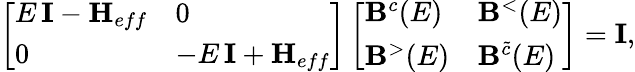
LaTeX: \left[\begin{array}{ll}{E\, \mathbf{I}-\mathbf{H}_{eff}}&{0}\\ {0}&{-E\, \mathbf{I}+\mathbf{H}_{eff}}\end{array}\right]\left[\begin{array}{ll}{\mathbf{B}^{c}(E)}&{\mathbf{B}^{<}(E)}\\ {\mathbf{B}^{>}(E)}&{\mathbf{B}^{\tilde{c}}(E)}\end{array}\right]=\mathbf{I},